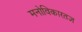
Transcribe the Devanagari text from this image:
मनोविकारतज्ञ